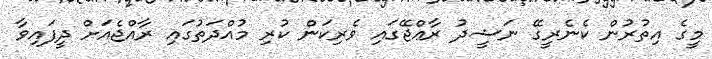
މީގެ އިތުރުން ކެނެރީގޭ ނަޝީދު ރާޢްޖޭގައި ވެރިކަން ކުރި މުއްދަތުގައި ރާއްޖެއަށް ދީފައިވާ